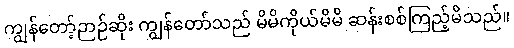
ကျွန်တော့်ဉာဉ်ဆိုး ကျွန်တော်သည် မိမိကိုယ်မိမိ ဆန်းစစ်ကြည့်မိသည်။